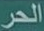
الحر